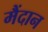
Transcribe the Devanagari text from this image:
मैंदान